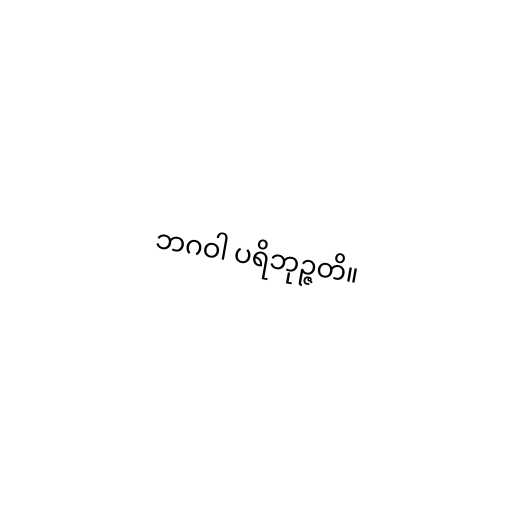
ဘဂဝါ ပရိဘုဉ္ဇတိ။